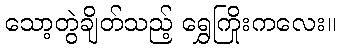
သော့တွဲချိတ်သည့် ရွှေကြိုးကလေး။